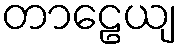
တာဠေယျ